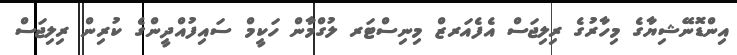
އިންޑޮނޭޝިޔާގެ މިހާރުގެ ރިލިޖަސް އެފެއަރޒް މިނިސްޓަރ ލުގްމާން ހަކީމް ސައިފުއްދީންގެ ކުރިން ރިލިޖަސް